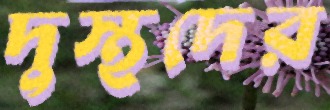
দুস্থদের